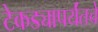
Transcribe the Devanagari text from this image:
टेकड्यापर्यंतचे